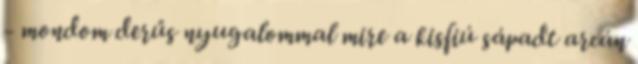
- mondom derűs nyugalommal mire a kisfiú sápadt arcán